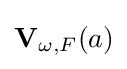
\mathbf {V} _{\omega ,F}(a)